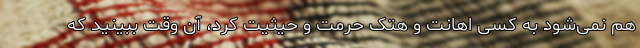
هم نمی‌شود به کسی اهانت و هتک حرمت و حیثیت کرد، آن وقت ببینید که